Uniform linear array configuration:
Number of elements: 4
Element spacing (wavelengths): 0.25
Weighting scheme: kaiser
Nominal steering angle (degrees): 0
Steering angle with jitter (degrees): -1.558
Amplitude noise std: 0.05
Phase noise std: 0.05

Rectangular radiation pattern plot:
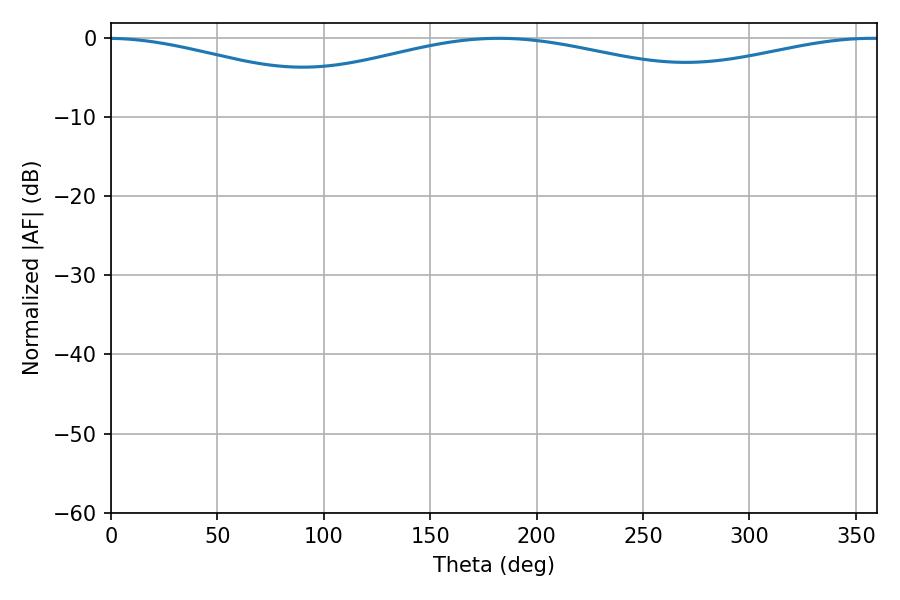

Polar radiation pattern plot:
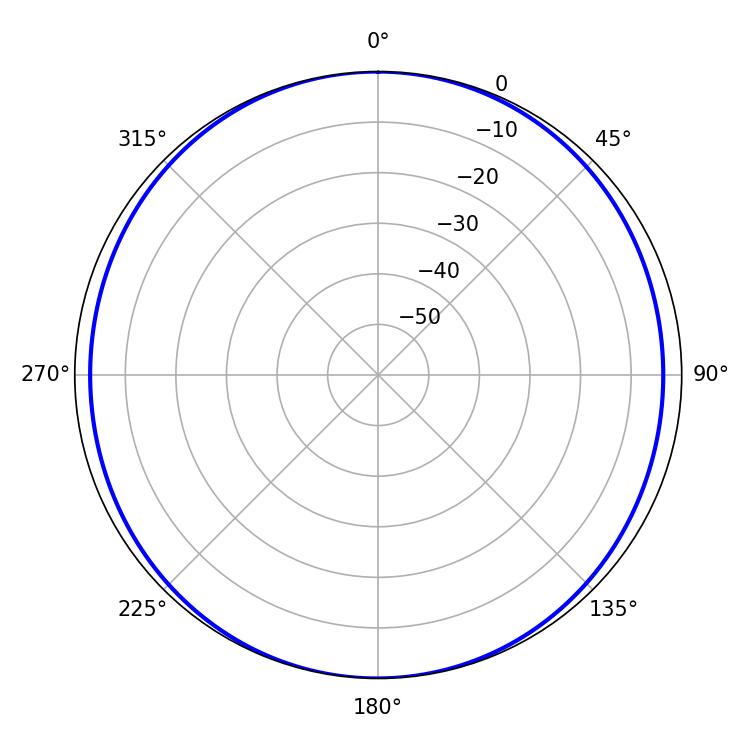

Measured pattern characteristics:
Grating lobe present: FALSE
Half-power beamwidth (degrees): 149.94
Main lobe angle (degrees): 182.34